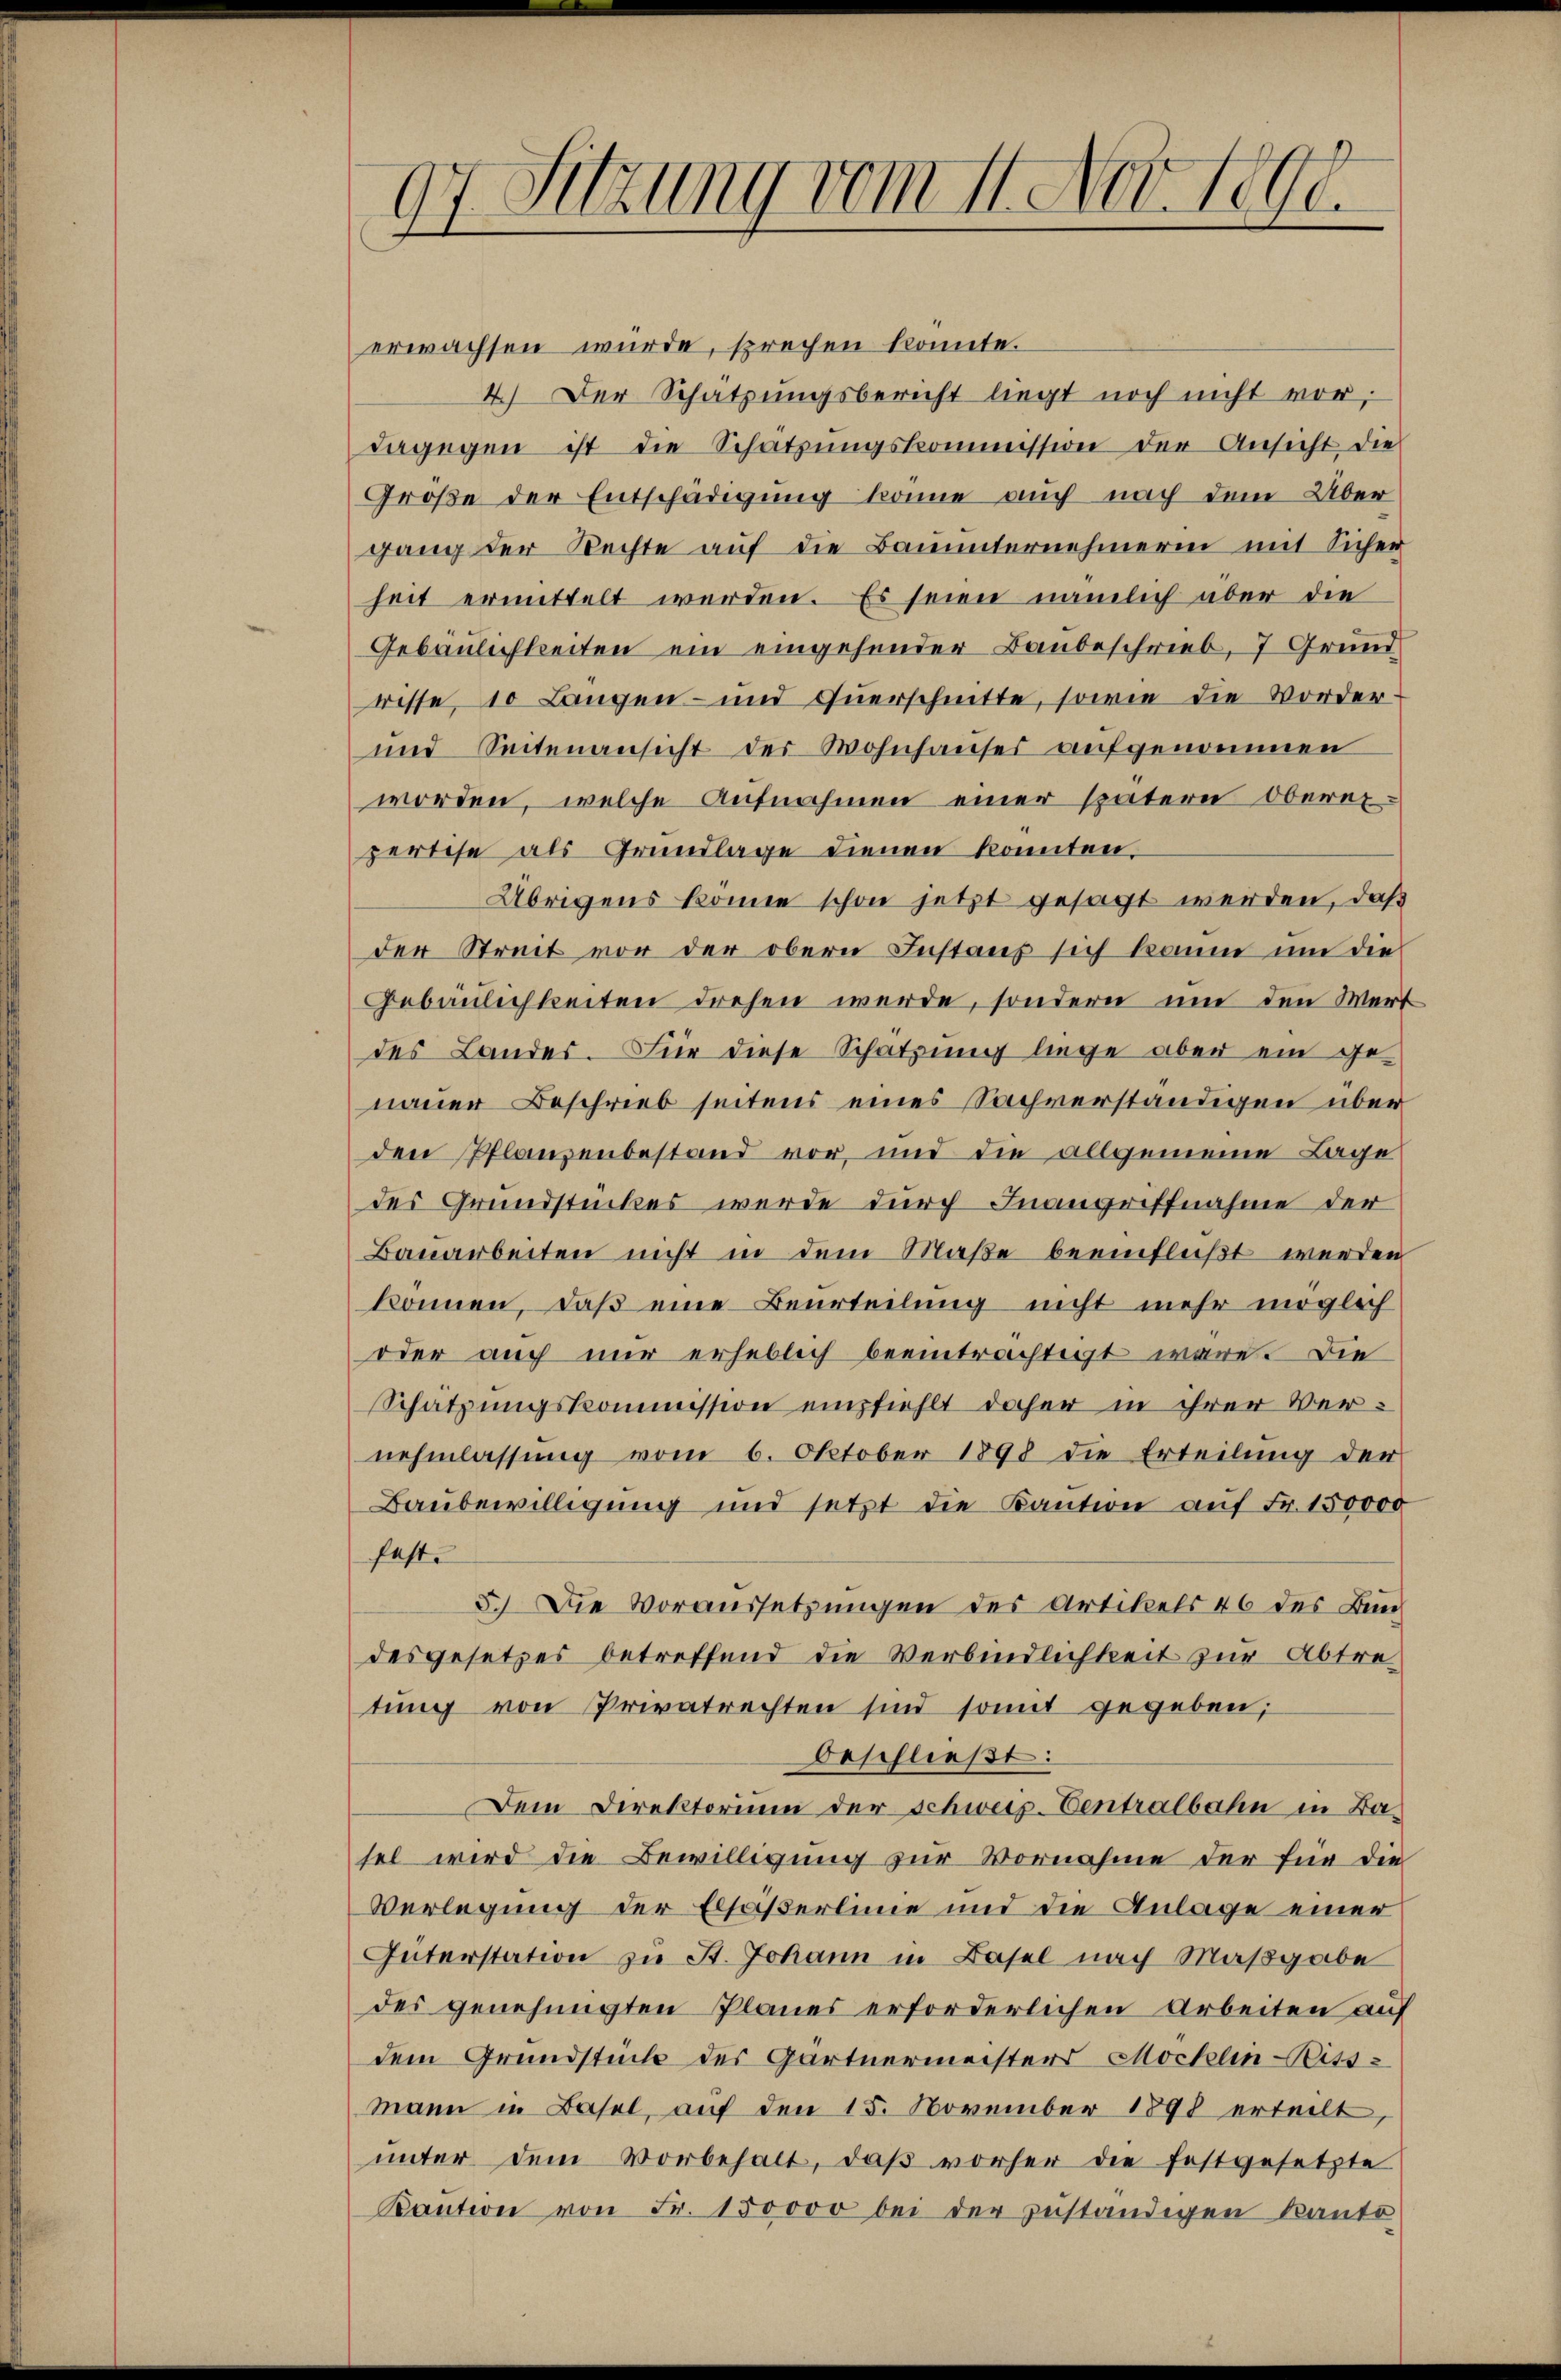
97 Sitzung vom 11. Nov. 1890.

erwachsen würde, sprechen konnte.
4.) Der Schätzŭngsbericht liegt noch nicht vor,
dagegen ist die Schatzŭngskommission der Ansicht die
Große der Entschädigung könne auch nach dem Über
gang der Rechte auf die Bauunternehmerin mit Sichen
heit ermittelt werden. Es seien nämlich aber die
Gebäulichkeiten ein eingehender Baubeschrieb, 7 Grund
risse, 10 Langen- und Querschnitte, sowie die Vorder¬
und Seitenansicht der Wohnhauses aufgenommen
worden, welche Aufnahmen einer spätern Obereipertise als Grundlage dienen konnten,
Übrigens könne schon jetzt gesagt werden, daß
der Streit vor der obern Instanz sich kaum um die
Gebäulichkeiten drehen werde, sondern um den Wert
des Landes. Für diese Schatzung liege aber ein ge-
nauer Beschrieb seitens eines Sachverständigen über
den Pflanzenbestand vor, und die allgemeine Lage
des Grundstückes werde durch Inangriffnahme der
Bauarbeiten nicht in dem Maße beeinflußt werden
können, daß eine Beurteilung nicht mehr möglich
oder auch nur erheblich beeinträchtigt wäre. Die
Schatzŭngskommission empfiehlt daher in ihrer Ver-
nehmlassung vom 6. Oktober 1898 die Erteilung der
Baubewilligung und setzt die Kaution auf Fr. 150000
fest.
5.) Die Voraussetzungen des Artikels 46 des Bun
desgesetzes betreffend die Verbindlichkeit zur Abtretung von Privatrechten sind somit gegeben;
beschließt:
Dem Direktorium der schweig-Centralbahn in Basel wird die Bewilligung zur Vornahme der für die
Verlegung der Elsäßerlinie und die Anlage einer
Güterstation zu St. Johann in Basel nach Maßgabe
des genehmigten Planes erforderlichen Arbeiten auf
dem Grundstück des Gärtnermeisters Möcklin-Bittmann in Basel, auf den 15. November 1898 erteilt,
ŭnter dem Vorbehalt, daβ vorher die festgesetzte
Kaŭtion von Fr. 150000 bei der zuständigen Kanto